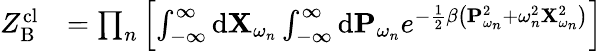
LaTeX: \begin{array}{rl}{Z_{\mathrm{B}}^{\mathrm{cl}}}&{=\prod_{n}\left[\int_{-\infty}^{\infty}\mathrm{d}\mathbf{X}_{\omega_{n}}\int_{-\infty}^{\infty}\mathrm{d}\mathbf{P}_{\omega_{n}}e^{-\frac{1}{2}\beta\left(\mathbf{P}_{\omega_{n}}^{2}+\omega_{n}^{2}\mathbf{X}_{\omega_{n}}^{2}\right)}\right]}\end{array}